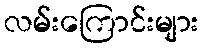
လမ်းကြောင်းများ